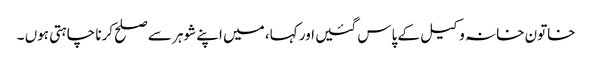
خاتون خانہ وکیل کے پاس گئیں اور کہا، میں اپنے شوہر سے صلح کرنا چاہتی ہوں ۔